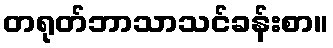
တရုတ်ဘာသာသင်ခန်းစာ။